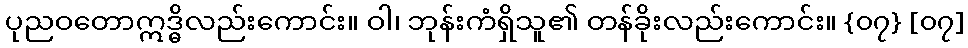
ပုညဝတောဣဒ္ဓိလည်းကောင်း။ ဝါ၊ ဘုန်းကံရှိသူ၏ တန်ခိုးလည်းကောင်း။ {၀၇} [၀၇]